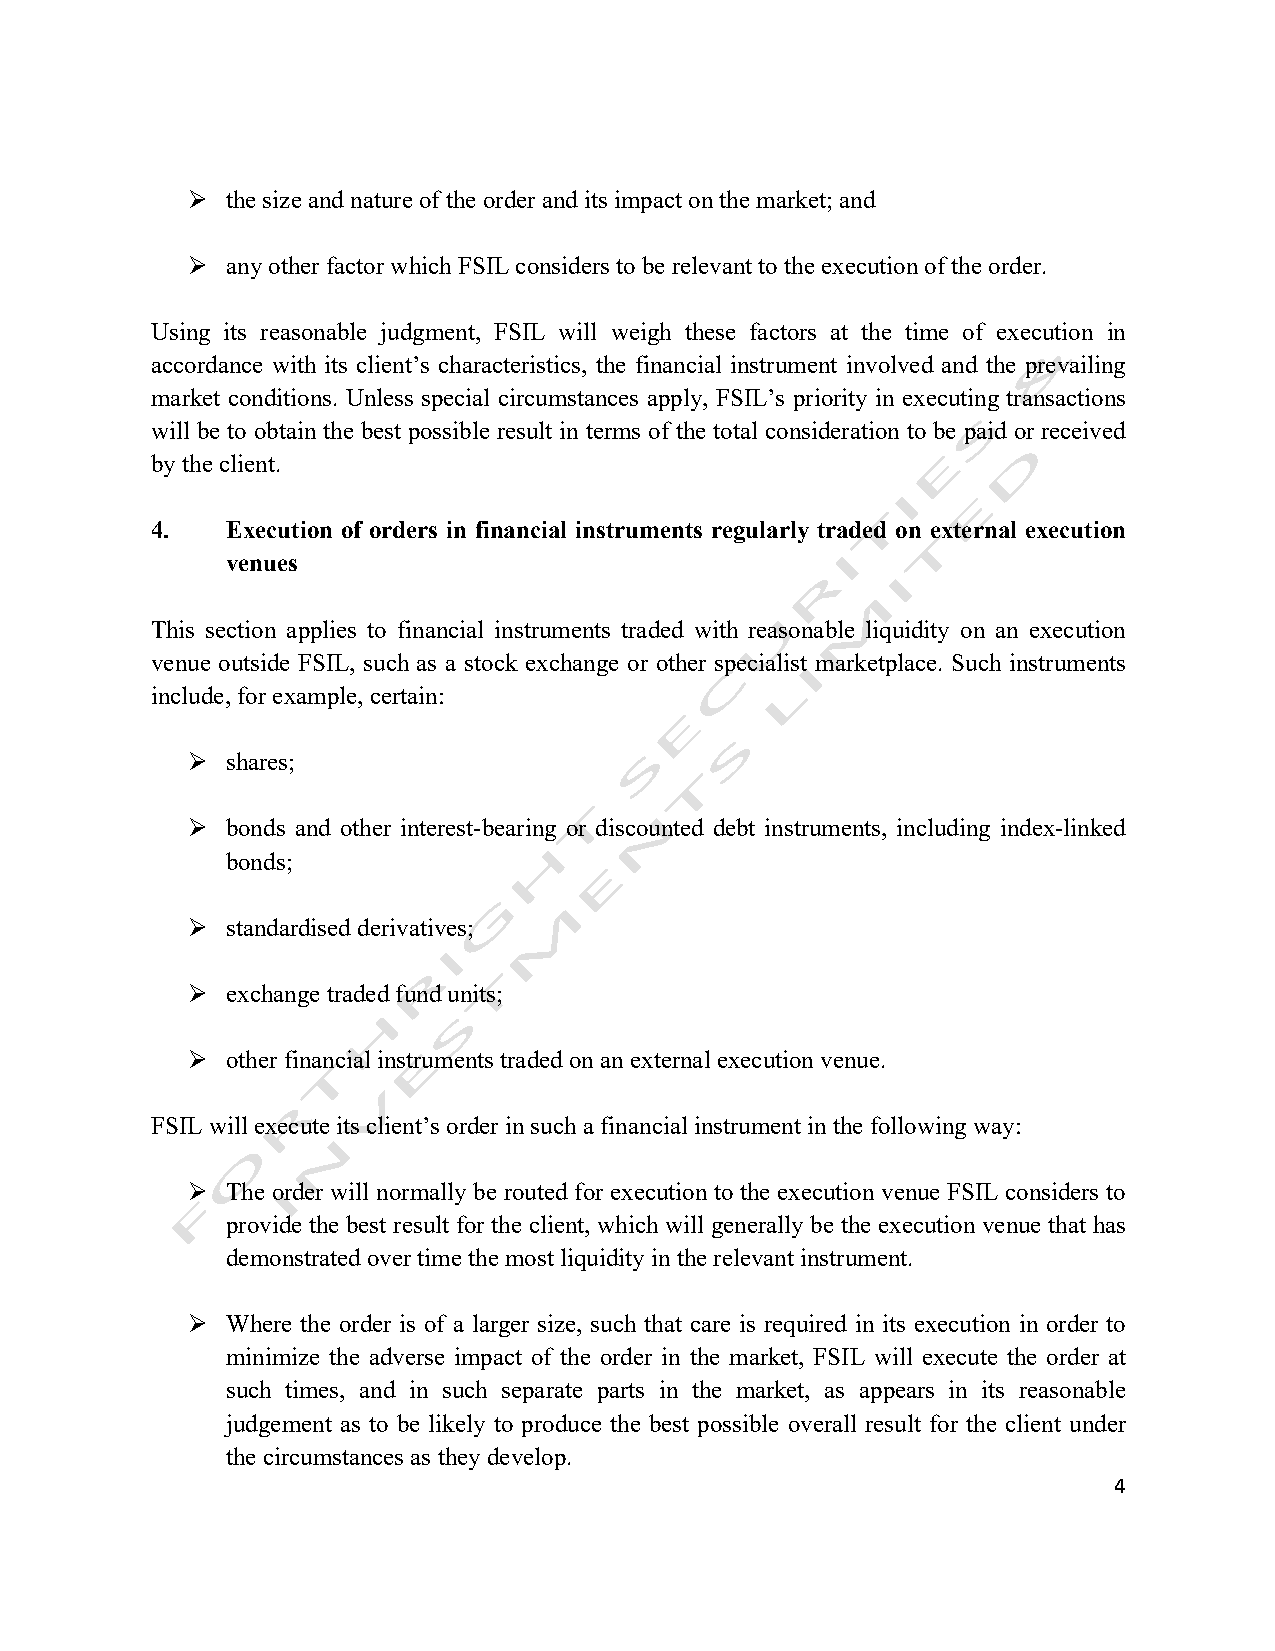
Ø  the size and nature of the order and its impact on the market; and
 Ø  any other factor which FSIL considers to be relevant to the execution of the order.
 Using its reasonable judgment, FSIL will weigh these factors at the time of execution in
 accordance with its client’s characteristics, the financial instrument involved and the prevailing
 market conditions. Unless special circumstances apply, FSIL’s priority in executing transactions
 will be to obtain the best possible result in terms of the total consideration to be paid or received
 by the client.
 4.   Execution of orders in financial instruments regularly traded on external execution
 venues
 This section applies to financial instruments traded with reasonable liquidity on an execution
 venue outside FSIL, such as a stock exchange or other specialist marketplace. Such instruments
 include, for example, certain:
 Ø  shares;
 Ø  bonds and other interest-bearing or discounted debt instruments, including index-linked
 bonds;
 Ø  standardised derivatives;
 Ø  exchange traded fund units;
 Ø  other financial instruments traded on an external execution venue.
 FSIL will execute its client’s order in such a financial instrument in the following way:
 Ø  The order will normally be routed for execution to the execution venue FSIL considers to
 provide the best result for the client, which will generally be the execution venue that has
 demonstrated over time the most liquidity in the relevant instrument.
 Ø  Where the order is of a larger size, such that care is required in its execution in order to
 minimize the adverse impact of the order in the market, FSIL will execute the order at
 such times, and in such separate parts in the market, as appears in its reasonable
 judgement as to be likely to produce the best possible overall result for the client under
 the circumstances as they develop.
 4